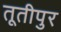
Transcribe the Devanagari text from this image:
तूतीपुर